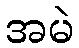
အမဲ